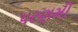
પરણમી